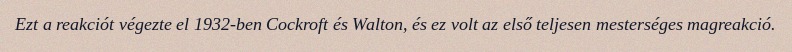
Ezt a reakciót végezte el 1932-ben Cockroft és Walton, és ez volt az első teljesen mesterséges magreakció.